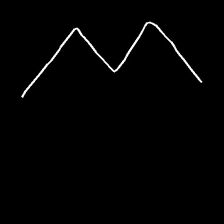
Glyph: crush